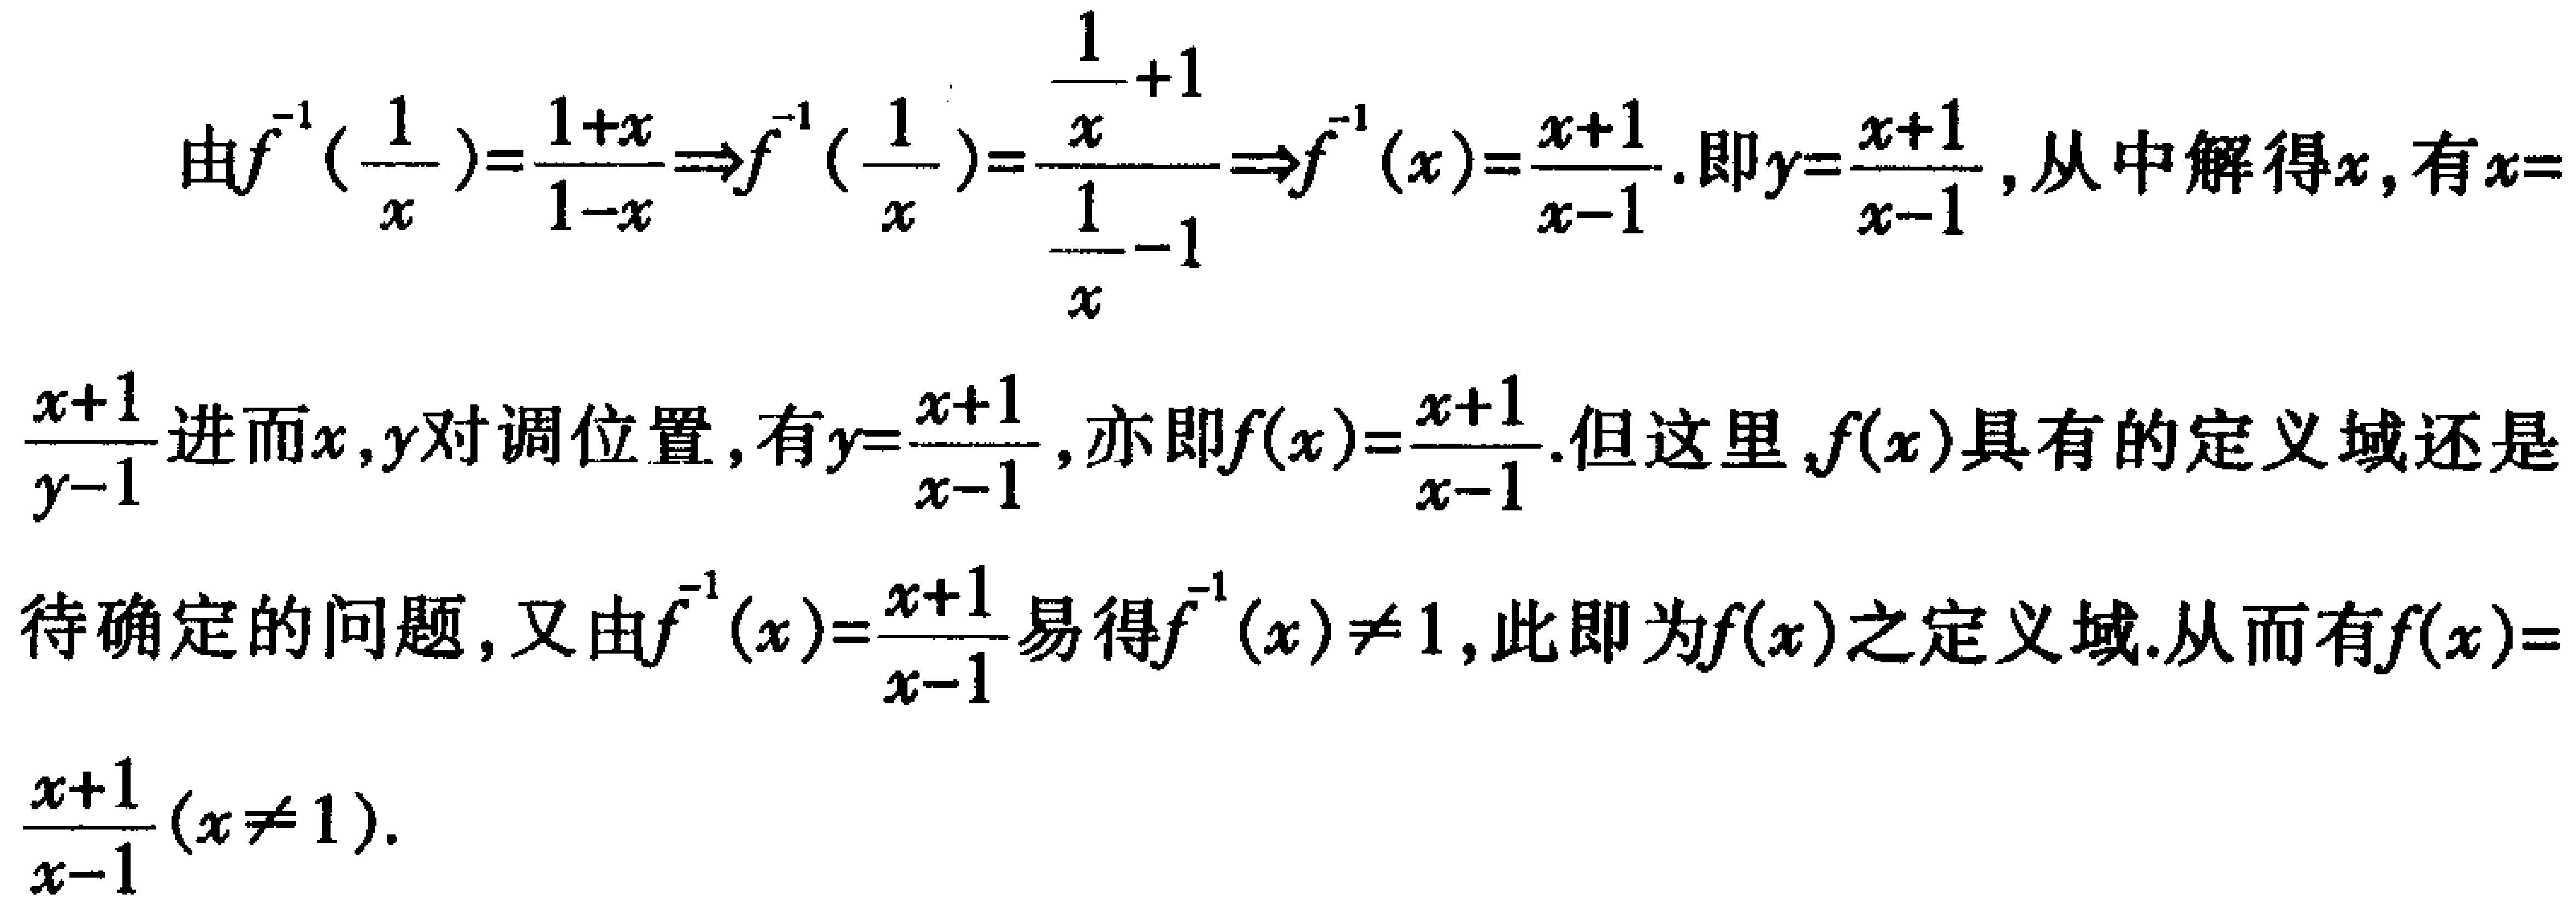
由\(f^{-1}(\frac{1}{x})=\frac{1 + x}{1 - x}\Rightarrow f^{-1}(\frac{1}{x})=\frac{\frac{1}{x}+1}{\frac{1}{x}-1}\Rightarrow f^{-1}(x)=\frac{x + 1}{x - 1}\).即\(y=\frac{x + 1}{x - 1}\),从中解得\(x\),有\(x = \frac{x + 1}{y - 1}\)进而\(x,y\)对调位置,有\(y=\frac{x + 1}{x - 1}\),亦即\(f(x)=\frac{x + 1}{x - 1}\).但这里,\(f(x)\)具有的定义域还是待确定的问题,又由\(f^{-1}(x)=\frac{x + 1}{x - 1}\)易得\(f^{-1}(x)\neq1\),此即为\(f(x)\)之定义域.从而有\(f(x)=\frac{x + 1}{x - 1}(x\neq1)\).